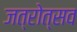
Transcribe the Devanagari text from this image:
जत्रोत्सव